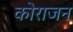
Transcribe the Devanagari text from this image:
कोराजन